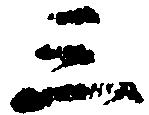
三